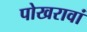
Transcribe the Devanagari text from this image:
पोखरावां